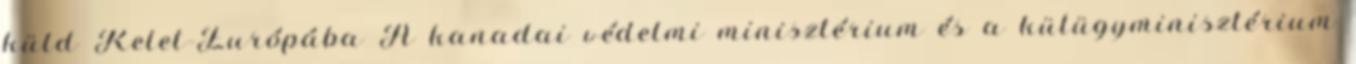
küld Kelet-Európába A kanadai védelmi minisztérium és a külügyminisztérium